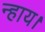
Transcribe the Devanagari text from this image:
न्हाय।